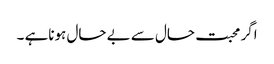
اگر محبت حال سے بے حال ہوناہے ۔